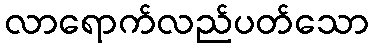
လာရောက်လည်ပတ်သော